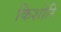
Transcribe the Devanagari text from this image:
किशोरि